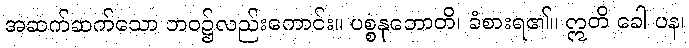
အဆက်ဆက်သော ဘဝ၌လည်းကောင်း။ ပစ္စနုဘောတိ၊ ခံစားရ၏။ ဣတိ ခေါ ပန၊